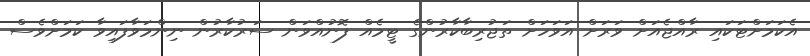
އެކަމަށްޓަކައި ރާއްޖެއަށް ވަރަށް އަވަހަށް ތަޖުރިބާކާރުންގެ ޓީމެއް ފޮނުއްވަން ސަރުކާރުން ނިންމަވާފައިވާ ކަމަށްވެސް